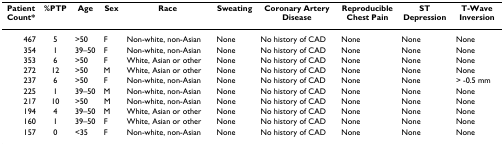
<table><thead><tr><td><b>Patient Count*</b></td><td><b>%PTP</b></td><td><b>Age</b></td><td><b>Sex</b></td><td><b>Race</b></td><td><b>Sweating</b></td><td><b>Coronary Artery Disease</b></td><td><b>Reproducible Chest Pain</b></td><td><b>ST Depression</b></td><td><b>T-Wave Inversion</b></td></tr></thead><tbody><tr><td>467</td><td>5</td><td>&gt;50</td><td>F</td><td>Non-white, non-Asian</td><td>None</td><td>No history of CAD</td><td>None</td><td>None</td><td>None</td></tr><tr><td>354</td><td>1</td><td>39–50</td><td>F</td><td>Non-white, non-Asian</td><td>None</td><td>No history of CAD</td><td>None</td><td>None</td><td>None</td></tr><tr><td>353</td><td>6</td><td>&gt;50</td><td>F</td><td>White, Asian or other</td><td>None</td><td>No history of CAD</td><td>None</td><td>None</td><td>None</td></tr><tr><td>272</td><td>12</td><td>&gt;50</td><td>M</td><td>White, Asian or other</td><td>None</td><td>No history of CAD</td><td>None</td><td>None</td><td>None</td></tr><tr><td>237</td><td>6</td><td>&gt;50</td><td>F</td><td>Non-white, non-Asian</td><td>None</td><td>No history of CAD</td><td>None</td><td>None</td><td>&gt; -0.5 mm</td></tr><tr><td>225</td><td>1</td><td>39–50</td><td>M</td><td>Non-white, non-Asian</td><td>None</td><td>No history of CAD</td><td>None</td><td>None</td><td>None</td></tr><tr><td>217</td><td>10</td><td>&gt;50</td><td>M</td><td>Non-white, non-Asian</td><td>None</td><td>No history of CAD</td><td>None</td><td>None</td><td>None</td></tr><tr><td>194</td><td>4</td><td>39–50</td><td>M</td><td>White, Asian or other</td><td>None</td><td>No history of CAD</td><td>None</td><td>None</td><td>None</td></tr><tr><td>160</td><td>1</td><td>39–50</td><td>F</td><td>White, Asian or other</td><td>None</td><td>No history of CAD</td><td>None</td><td>None</td><td>None</td></tr><tr><td>157</td><td>0</td><td>&lt;35</td><td>F</td><td>Non-white, non-Asian</td><td>None</td><td>No history of CAD</td><td>None</td><td>None</td><td>None</td></tr></tbody></table>